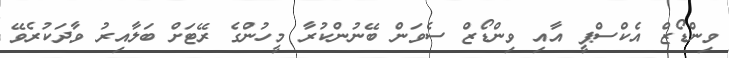
ވިންޑޯޒް އެކްސްޕީ އާއި ވިންޑޯޒް ސެވަން ބޭނުންކުރާ މީހުންގެ ރޭޓަށް ބަލާއިރު ވާދަކުރެވޭ